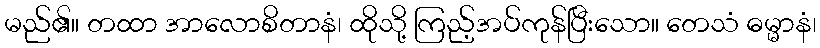
မည်၏။ တထာ အာလောစိတာနံ၊ ထိုသို့ ကြည့်အပ်ကုန်ပြီးသော။ တေသံ ဓမ္မာနံ၊